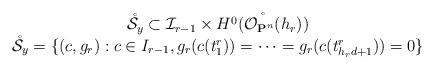
LaTeX: \begin{align*}\begin{array}{c}\mathring {\mathcal S_y}\subset \mathcal I_{r-1}\times \mathring{ H^0(\mathcal O_{\mathbf P^n}(h_r))}\\\mathring{\mathcal S_y}=\{ (c, g_r): c\in I_{r-1}, g_r(c(t^r_1))=\cdots=g_r (c(t^r_{h_rd+1}))=0\}\end{array}\end{align*}